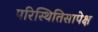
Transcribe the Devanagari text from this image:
परिस्थितिसापेक्ष